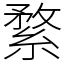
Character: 䋷